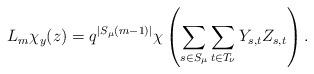
LaTeX: \begin{align*}L_m\chi_y(z) =q^{|S_\mu(m-1)|}\chi\left( \sum_{s \in S_\mu}\sum_{t \in T_\nu} Y_{s,t}Z_{s,t}\right).\end{align*}